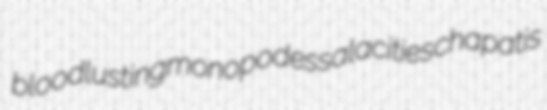
bloodlusting monopodes salacities chapatis